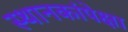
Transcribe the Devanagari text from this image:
स्थानकांपेक्षा